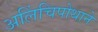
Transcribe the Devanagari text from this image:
अलिंचिपोथाने